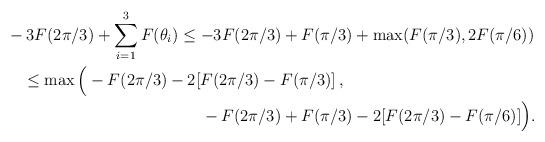
LaTeX: \begin{align*}\begin{aligned}&-3F(2\pi/3)+\sum_{i=1}^{3}F(\theta_{i})\leq -3F(2\pi/3)+F(\pi/3)+\max(F(\pi/3),2F(\pi/6))\\&\quad\leq \max\Big(-F(2\pi/3)-2[F(2\pi/3)-F(\pi/3)] \, ,\\&\qquad\qquad\qquad\qquad\qquad\qquad-F(2\pi/3)+F(\pi/3)-2[F(2\pi/3) - F(\pi/6)]\Big).\end{aligned}\end{align*}